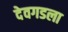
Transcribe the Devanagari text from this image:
देवगडला